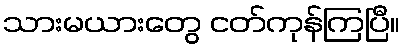
သားမယားတွေ ငတ်ကုန်ကြပြီ။